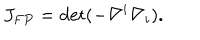
J _ { F P } = \det ( - \nabla ^ { i } \nabla _ { i } ) .